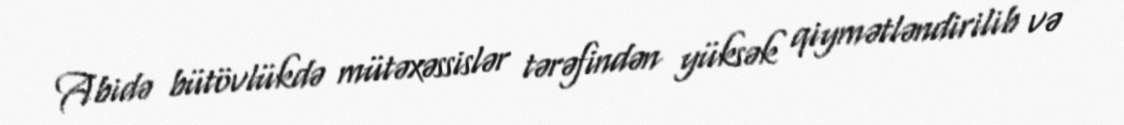
Abidə bütövlükdə mütəxəssislər tərəfindən yüksək qiymətləndirilib və